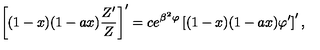
\left[ ( 1 - x ) ( 1 - a x ) { \frac { Z ^ { \prime } } { Z } } \right] ^ { \prime } = c e ^ { \beta ^ { 2 } \varphi } \left[ ( 1 - x ) ( 1 - a x ) \varphi ^ { \prime } \right] ^ { \prime } ,